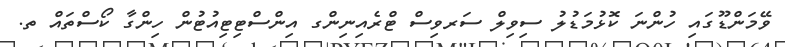
ވޭމަންޑޫގައި ހުންނަ ކޮޅުމަޑުލު ސިވިލް ސަރވިސް ޓްރެއިނިންގ އިންސްޓިޓިއުޓުން ހިންގާ ކޯސްތައް ތ.